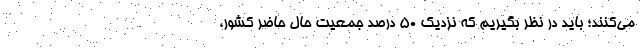
می‌کنند؛ باید در نظر بگیریم که نزدیک ۵۰ درصد جمعیتِ حال حاضر کشور،